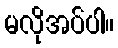
မလိုအပ်ပါ။